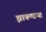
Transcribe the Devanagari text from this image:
झाकणाऱ्या